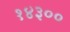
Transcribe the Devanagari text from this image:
१४३००